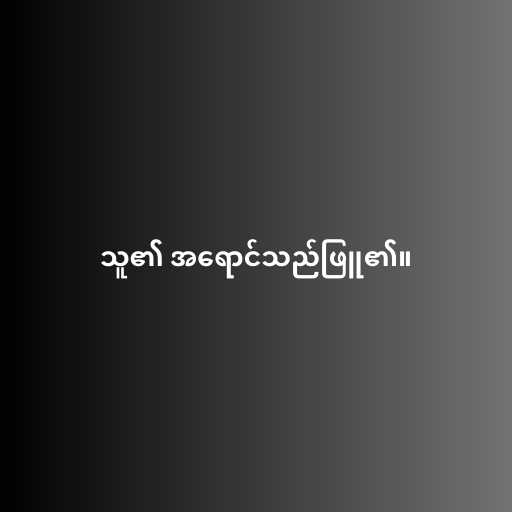
သူ၏ အရောင်သည်ဖြူ၏။